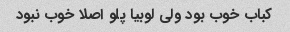
کباب خوب بود ولی لوبیا پلو اصلا خوب نبود